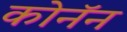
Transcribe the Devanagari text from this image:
कोनॅन